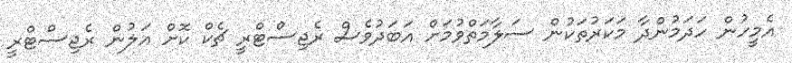
އެމީހުން ހަދަމުންދާ މަކަރުތަކުން ސަލާމަތްވުމަށް އަބަދުވެސް ރެޖިސްޓްރީ ޗެކް ކޮށް އަލުން ރެޖިސްޓްރީ